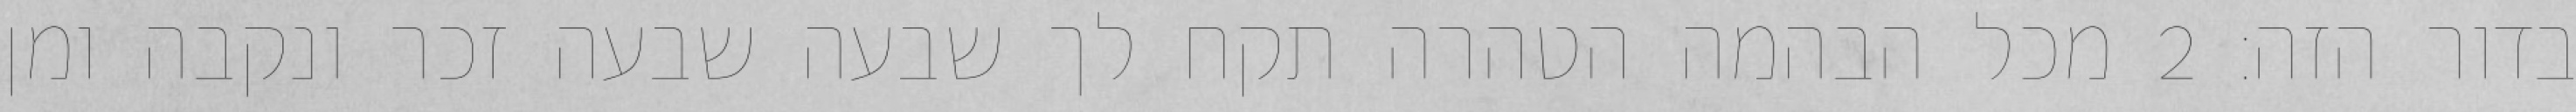
בדור הזה׃ ‎2‏ מכל הבהמה הטהרה תקח לך שבעה שבעה זכר ונקבה ומן